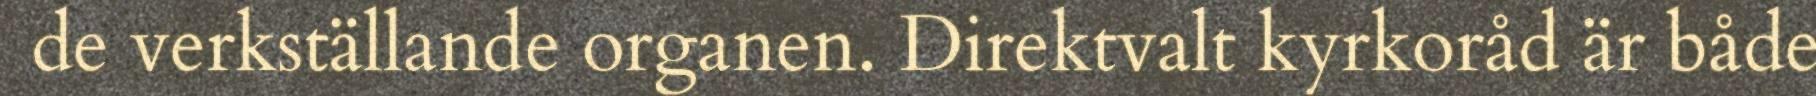
de verkställande organen. Direktvalt kyrkoråd är både